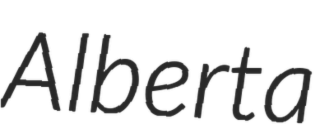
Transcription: Alberta